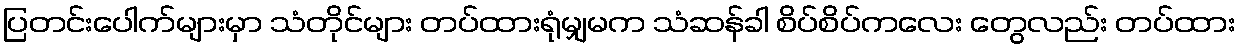
ပြတင်းပေါက်များမှာ သံတိုင်များ တပ်ထားရုံမျှမက သံဆန်ခါ စိပ်စိပ်ကလေး တွေလည်း တပ်ထား